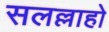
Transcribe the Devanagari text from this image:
सलल्लाहो